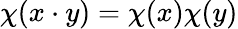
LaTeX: \chi(x\cdot y)=\chi(x)\chi(y)